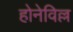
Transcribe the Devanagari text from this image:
होनेविल्ल